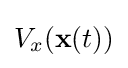
V_{x}(\mathbf {x} (t))